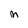
Character: M